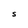
Character: S